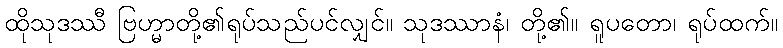
ထိုသုဒဿီ ဗြဟ္မာတို့၏ရုပ်သည်ပင်လျှင်။ သုဒဿာနံ၊ တို့၏။ ရူပတော၊ ရုပ်ထက်။